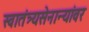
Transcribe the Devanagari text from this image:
स्वातंत्र्यसेनान्यांवर